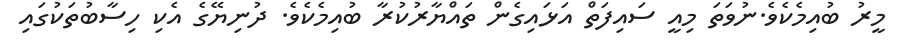
މީރު ބުއިމެކެވެ.ނުވަތަ މިއީ ސައިފަތް އަޅައިގެން ތައްޔާރުކުރާ ބުއިމެކެވެ. ދުނިޔޭގެ އެކި ހިސާބުތަކުގައި